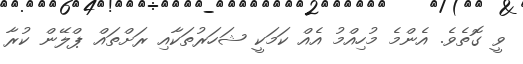
ވީ ގޮތެވެ. އެންމެ މުހިއްމު އެއް ކަމަކީ ޝަހަރުތަކާއި ރަށްތައް ޕްލޭން ކުރާ